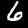
Label: 6